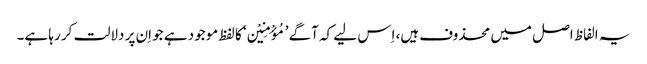
یہ الفاظ اصل میں محذوف ہیں، اِس لیے کہ آگے ’مُؤْمِنِیْن‘ کا لفظ موجود ہے جو اِن پر دلالت کر رہا ہے۔